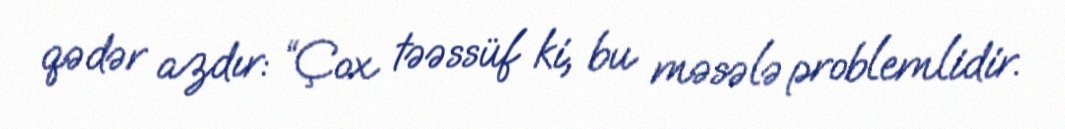
qədər azdır: “Çox təəssüf ki, bu məsələ problemlidir.